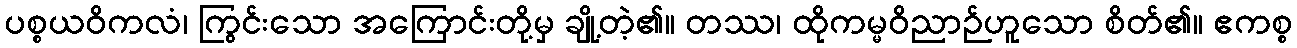
ပစ္စယဝိကလံ၊ ကြွင်းသော အကြောင်းတို့မှ ချို့တဲ့၏။ တဿ၊ ထိုကမ္မဝိညာဉ်ဟူသော စိတ်၏။ ဧကစ္စ